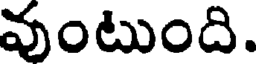
వుంటుంది.